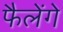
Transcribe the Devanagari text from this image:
फैलेंगे